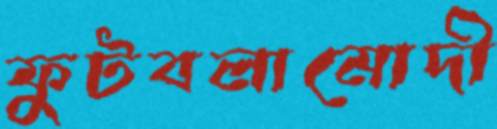
ফুটবলামোদী